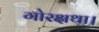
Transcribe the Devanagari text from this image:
गोरक्षथा।